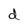
Character: d